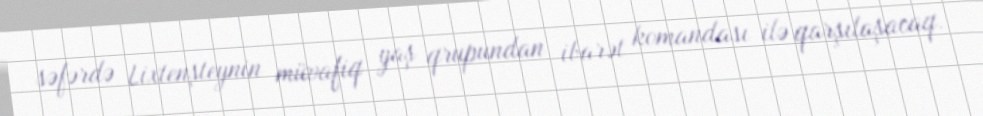
səfərdə Lixtenşteynin müvafiq yaş qrupundan ibarət komandası ilə qarşılaşacaq.